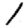
Digit: 1